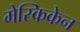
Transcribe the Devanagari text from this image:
मेस्किकेन